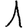
Digit: 1